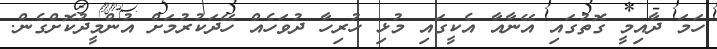
ހަމަ ދާއިމީ ގޮތުގައި އޭނާއާ އެކީގައި މުޅި ހުރިހާ ދުވަހެއް ހޭދަކުރުމަށް އުންމީދުކޮށްގެން.